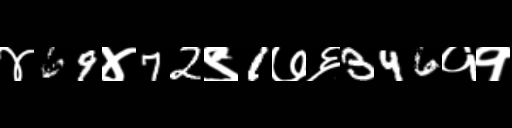
Text: ४69४72९1७६346११